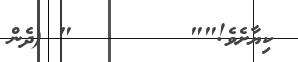
ކިޔާށެވެ!""        " (ދެން